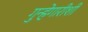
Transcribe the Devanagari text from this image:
गुन्हेगारीशी